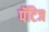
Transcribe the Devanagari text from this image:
पॅटिज